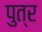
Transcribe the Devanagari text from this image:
पुत्र